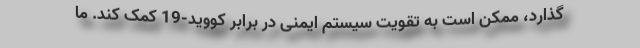
گذارد، ممکن است به تقویت سیستم ایمنی در برابر کووید-19 کمک کند. ما